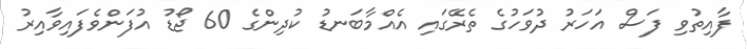
ފާއިތުވި ފަސް އަހަރު ދުވަހުގެ ތެރޭގައި އެއްމާބަނޑު ކުދިންގެ 60 ޖޯޑު އުފަންވެފައިވާއިރު